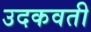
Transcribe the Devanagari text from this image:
उदकवती